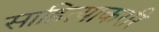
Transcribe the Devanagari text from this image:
साहित्याकररि